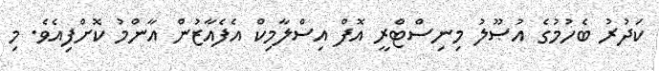
ކަދުރު ބެހުމުގެ އުޞޫލު މިނިސްޓްރީ އޮފް އިސްލާމިކް އެފެއާޒުން އާންމު ކޮށްފިއެވެ. މި